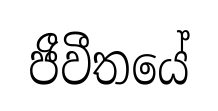
ජීවීතයේ